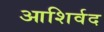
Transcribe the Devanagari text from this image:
आशिर्वद